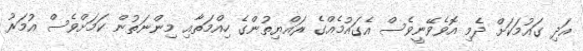
އަދި ގައުމަކަށް ދެމި އޮވެވޭނީވެސް އެގައުމެއްގެ ރައްޔިތުންގެ ހިއްމަތާއި މިންނަތުން ކަމަށްވެސް އުމަރު